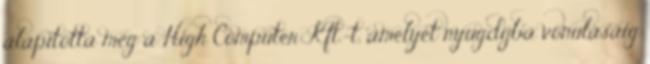
alapította meg a High Computer Kft.-t, amelyet nyugdíjba vonulásáig